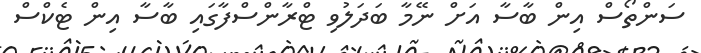
ސަންތޯސް އިން ބާސާ އަށް ނޭމާ ބަދަލުވި ޓްރާންސްފާގައި ބާސާ އިން ޓެކްސް